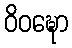
ဝိဝဍ္ဎော